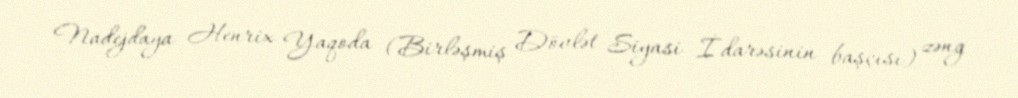
Nadejdaya Henrix Yaqoda (Birləşmiş Dövlət Siyasi İdarəsinin başçısı) zəng